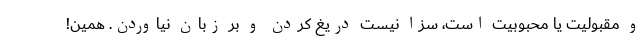
و مقبولیت یا محبوبیت است، سزا نیست دریغ کردن و بر زبان نیاوردن. همین!